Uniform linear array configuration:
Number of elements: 24
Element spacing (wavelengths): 0.5
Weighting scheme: exponential
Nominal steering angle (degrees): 60
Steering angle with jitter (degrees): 60.576
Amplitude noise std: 0.05
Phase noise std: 0.05

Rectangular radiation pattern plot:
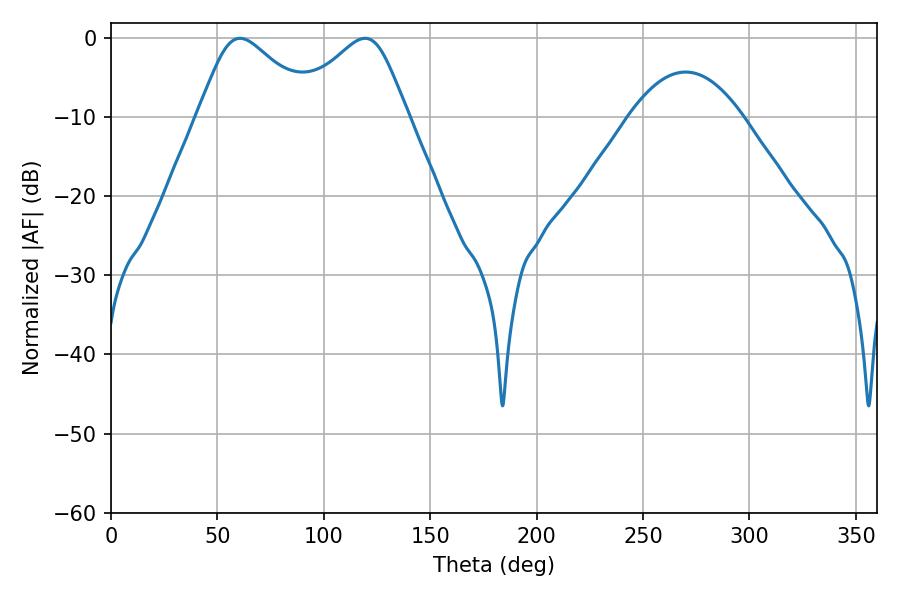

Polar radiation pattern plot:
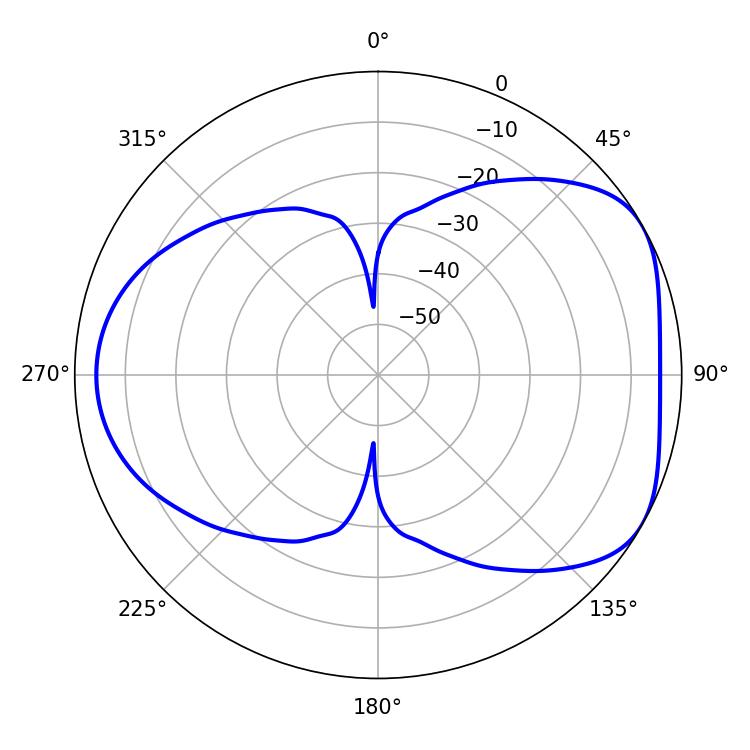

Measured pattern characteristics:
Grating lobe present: FALSE
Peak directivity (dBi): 4.874
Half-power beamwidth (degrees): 27
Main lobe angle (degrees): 60.66